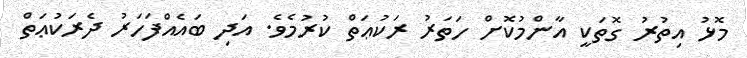
މޮޅު އިތުރު ގޮތަކީ އާންމުކޮށް ހަތަރު ރަކުޢަތް ކުރުމެވެ. އަދި ބައެއްފަހަރު ދެރަކުޢަތް